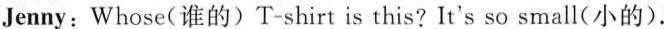
Jenny: Whose(谁的)T-shirt is this? It's so small(小的).